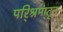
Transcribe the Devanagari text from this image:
परि्श्रमा्तून